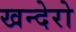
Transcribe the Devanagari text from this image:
खन्देरो